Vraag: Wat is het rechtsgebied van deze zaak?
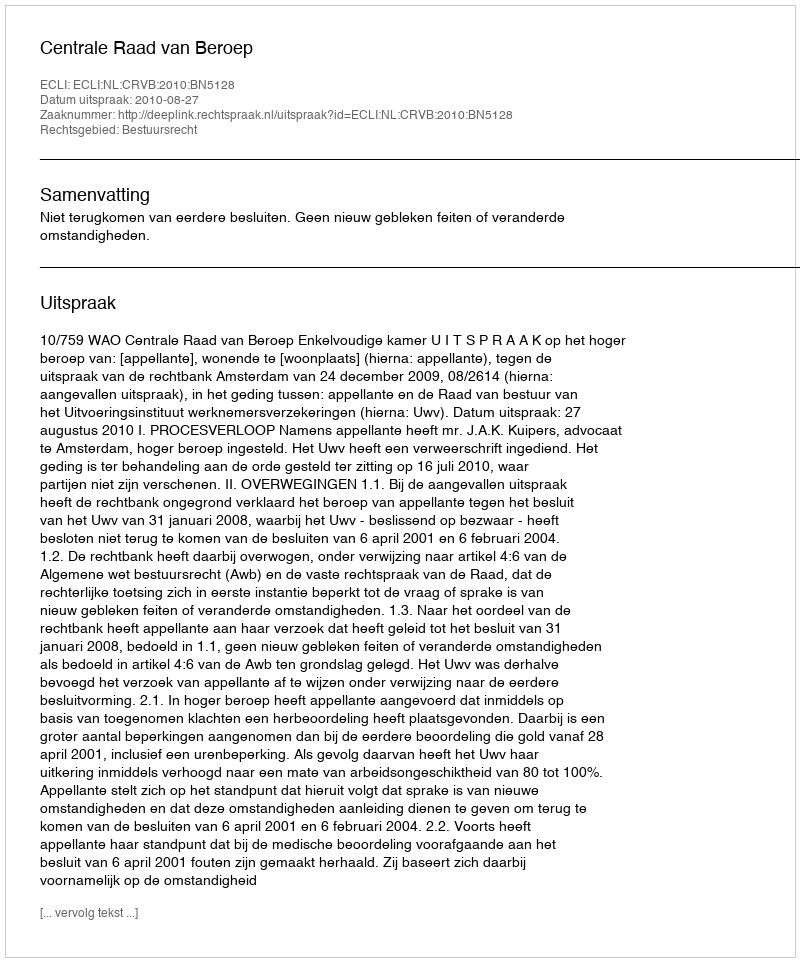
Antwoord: Bestuursrecht